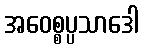
အဝေစ္စပ္ပသာဒေါ